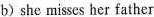
b) she misses her father